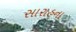
સારાહના